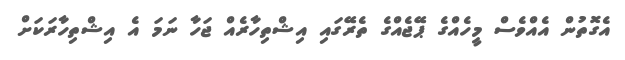
އެގޮތުން އެއްވެސް މީހެއްގެ ޕޭޖެއްގެ ތެރޭގައި އިޝްތިހާރެއް ޖަހާ ނަމަ އެ އިޝްތިހާރަކަށް